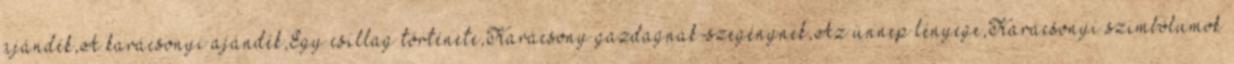
ajándék,A karácsonyi ajándék,Egy csillag története,Karácsony gazdagnak-szegénynek,Az ünnep lényege,Karácsonyi szimbólumok